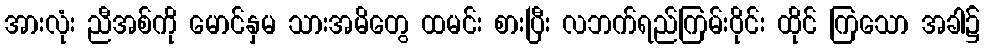
အားလုံး ညီအစ်ကို မောင်နှမ သားအမိတွေ ထမင်း စားပြီး လဘက်ရည်ကြမ်းဝိုင်း ထိုင် ကြသော အခါ၌